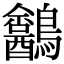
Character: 𪈍